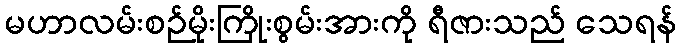
မဟာလမ်းစဉ်မိုးကြိုးစွမ်းအားကို ရီဇားသည် သေရန်